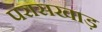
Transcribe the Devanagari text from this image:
परासखाड़